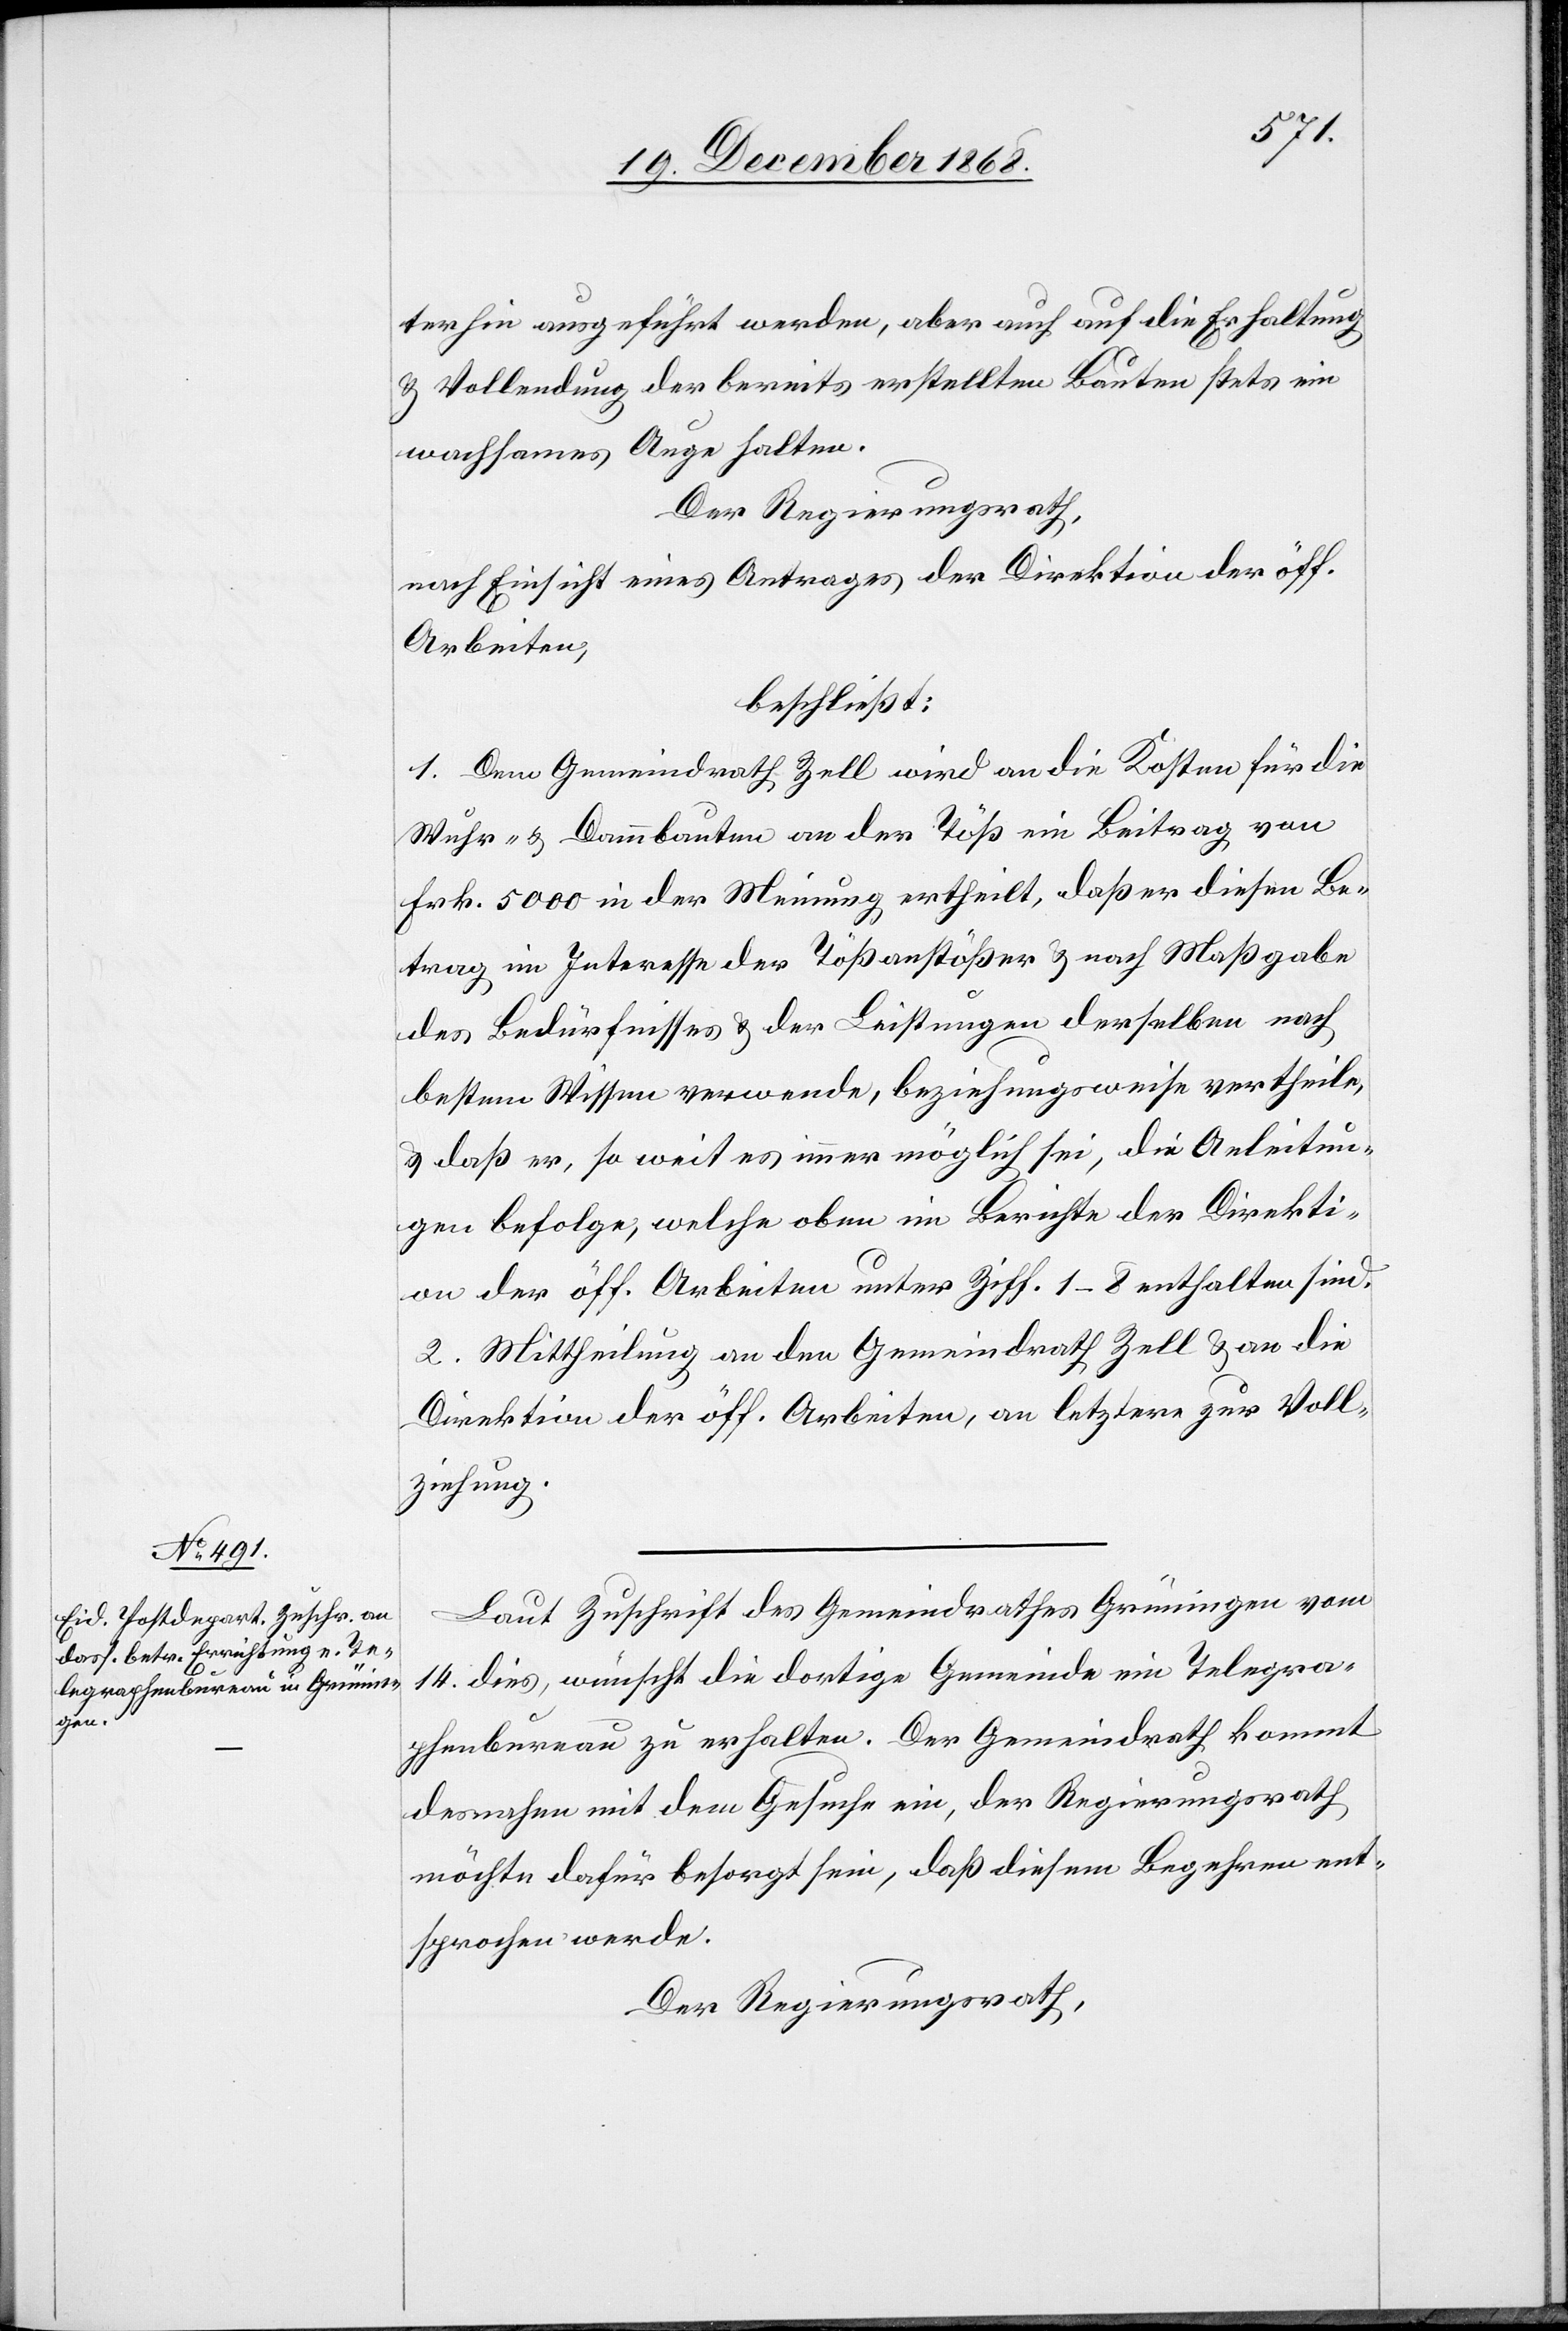
terhin ausgeführt werden, aber auch auf die Erhaltung
& Vollendung der bereits erstellten Bauten stets ein
wachsames Auge halten.
Der Regierungsrath,
nach Einsicht eines Antrages der Direktion der öff.
Arbeiten,
beschließt:
1. Dem Gemeindrath Zell wird an die Kosten für die
Wuhr- & Dammbauten an der Töß ein Beitrag von
Frk. 5000 in der Meinung ertheilt, daß er diesen Be¬
trag im Interesse der Tößanstößer & nach Maßgabe
des Bedürfnisses & der Leistungen derselben nach
bestem Wissen verwende, beziehungsweise vertheile,
& daß er, so weit es immer möglich sei, die Anleitun¬
gen befolge, welche oben im Berichte der Direkti¬
on der öff. Arbeiten unter Ziff. 1–8 enthalten sind.
2. Mittheilung an den Gemeindrath Zell & an die
Direktion der öff. Arbeiten, an letztere zur Voll¬
ziehung.
Laut Zuschrift des Gemeindrathes Grüningen vom
14. dies, wünscht die dortige Gemeinde ein Telegra¬
phenbureau zu erhalten. Der Gemeindrath kommt
desnahen mit dem Gesuche ein, der Regierungsrath
möchte dafür besorgt sein, daß diesem Begehren ent¬
sprochen werde.
Der Regierungsrath,